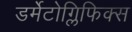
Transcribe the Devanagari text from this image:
डर्मेटोग्लिफिक्स